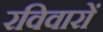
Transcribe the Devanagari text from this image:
रविवारों